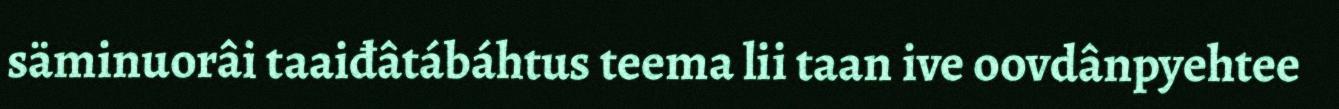
säminuorâi taaiđâtábáhtus teema lii taan ive oovdânpyehtee